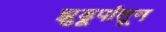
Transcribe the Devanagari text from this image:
झुडूपांतून